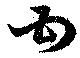
甘